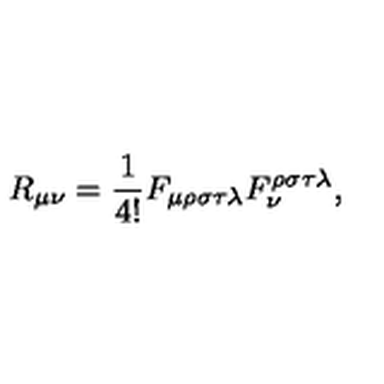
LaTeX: R _ { \mu \nu } = \frac { 1 } { 4 ! } F _ { \mu \rho \sigma \tau \lambda } F _ { \nu } ^ { \rho \sigma \tau \lambda } ,